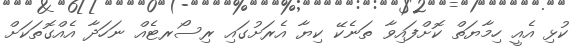
ކުޅި އެއީ ހިމާޔަތް ކޮށްފައިވާ ތަނެކޭ ކިޔާ އެރަށުގައި ރިސޯރޓެއް ނަހަދާ އެއްގޮތަަކަށް